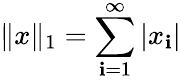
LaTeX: \| x\| _{1}=\sum_{\mathbf{i}=1}^{\infty}|x_{\mathbf{i}}|